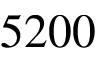
5 2 0 0